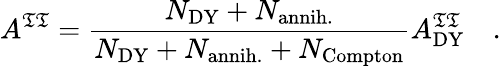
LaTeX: A^{\mathfrak{T}\mathfrak{T}}=\frac{{N_{\mathrm{{DY}}}+N_{\mathrm{{annih.}}}}}{{N_{\mathrm{{DY}}}+N_{\mathrm{{annih.}}}+N_{\mathrm{{Compton}}}}}A_{\mathrm{{DY}}}^{\mathfrak{T}\mathfrak{T}}\quad.